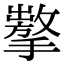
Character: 𢶗